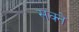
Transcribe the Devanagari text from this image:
सक्ने